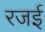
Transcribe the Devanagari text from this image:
रजई